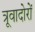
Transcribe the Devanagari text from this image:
त्रूवादोरों